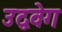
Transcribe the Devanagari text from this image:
उद्ववेग